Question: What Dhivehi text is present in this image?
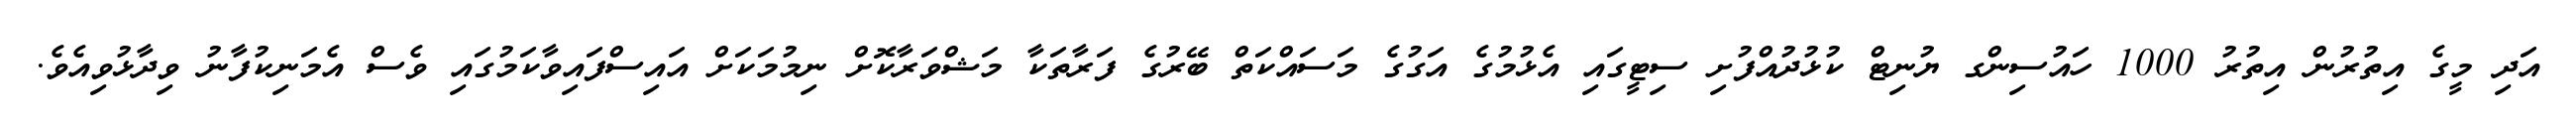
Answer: އަދި މީގެ އިތުރުން އިތުރު 1000 ހައުސިންގ ޔުނިޓް ކުޅުދުއްފުށި ސިޓީގައި އެޅުމުގެ އަގުގެ މަސައްކަތް ބޭރުގެ ފަރާތަކާ މަޝްވަރާކޮށް ނިމުމަކަށް އައިސްފައިވާކަމުގައި ވެސް އެމަނިކުފާނު ވިދާޅުވިއެވެ.